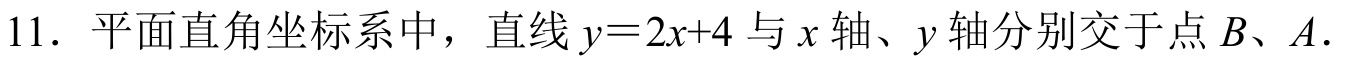
11. 平面直角坐标系中，直线\(y = 2x + 4\)与\(x\)轴、\(y\)轴分别交于点\(B\)、\(A\).